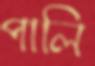
পালি